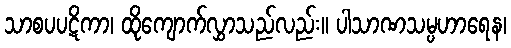
သာစပပဋိကာ၊ ထိုကျောက်လွှာသည်လည်း။ ပါသာဏသမ္ပဟာရေန၊